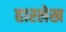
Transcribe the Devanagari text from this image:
हारलेख